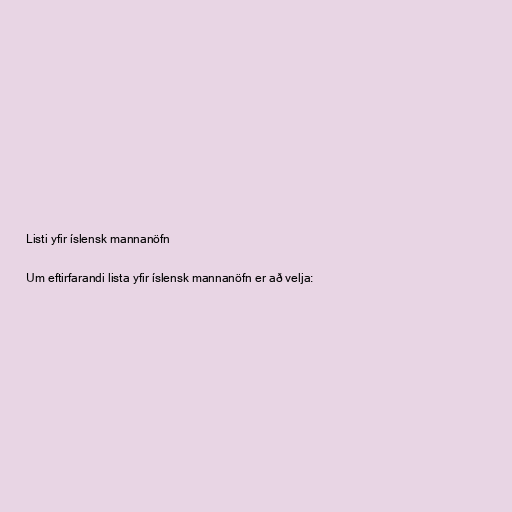
Listi yfir íslensk mannanöfn

Um eftirfarandi lista yfir íslensk mannanöfn er að velja: